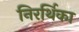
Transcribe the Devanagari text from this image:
निरर्थिका